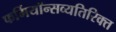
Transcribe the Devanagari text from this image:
फर्मियॉन्सव्यतिरिक्त